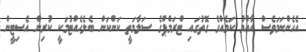
އެހެންނަމަވެސް އާއްމު ކަމެއްގެ ގޮތުގައި ޓްރަމްޕްގެ ސަލާމަތީ ކަންކަން ބެލެހެއްޓުމަކީ ކުރިން އެސިޓީން